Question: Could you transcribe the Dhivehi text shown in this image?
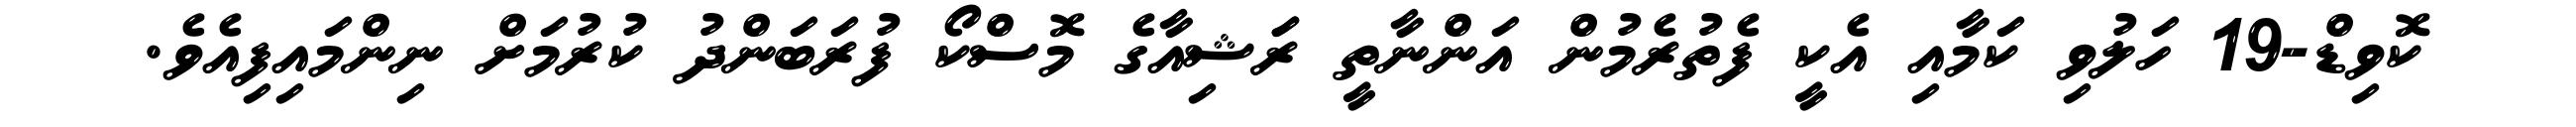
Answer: ކޮވިޑް-19 ހަލުވި ކަމާއި އެކީ ފެތުރެމުން އަންނާތީ ރަަޝިއާގެ މޮސްކޯ ފުރަބަންދު ކުރުމަށް ނިންމައިފިއެވެ.